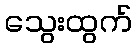
သွေးထွက်